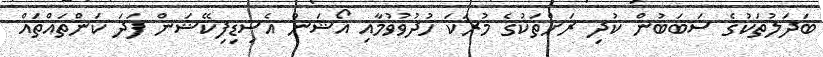
ބަދަލުތަކުގެ ސަބަބުން ކުދި ރަށްތަކުގެ މުރަކަ ހުދުވުވުމާއި އޯޝަން އެސިޑިފިކޭޝަން ފަދަ ކަންތައްތައް